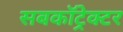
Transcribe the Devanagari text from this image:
सबकॉट्रेक्टर